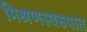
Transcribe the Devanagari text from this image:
मिश्रणस्वरुपात